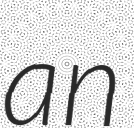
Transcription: an